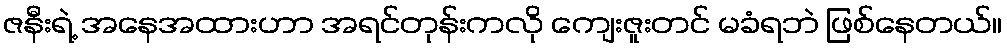
ဇနီးရဲ့ အနေအထားဟာ အရင်တုန်းကလို ကျေးဇူးတင် မခံရဘဲ ဖြစ်နေတယ်။